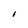
Character: I